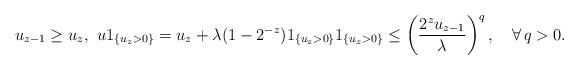
\begin{align*} u_{z-1}\geq u_z ,\,\, u1_{\{u_z>0\}}=u_z+\lambda(1-2^{-z})1_{\{u_z>0\}} 1_{\{u_z>0\}}\leq \left(\frac{2^zu_{z-1}}{\lambda}\right)^{q},\quad\forall \, q>0.\end{align*}